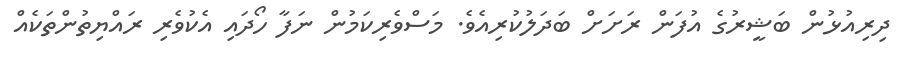
ދިރިއުޅުން ބަޝީރުގެ އުފަން ރަށަށް ބަދަލުކުރިއެވެ. މަސްވެރިކަމުން ނަފާ ހޯދައި އެކުވެރި ރައްޔިތުންތަކެއް